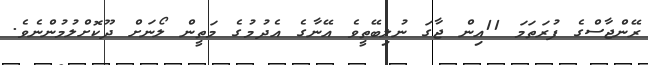
ރޭންޖާސްގެ ފުރަތަމަ 11އިން ޖާގަ ނުލިބޭތީވެ އޭނާގެ އެދުމުގެ މަތީން ލޯނަށް ދޫކޮށްލުމުންނެވެ.